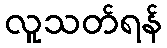
လူသတ်ရန်